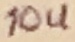
Text: 10u